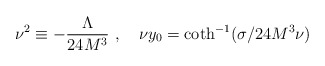
\begin{align*}\nu^2\equiv -\frac{\Lambda}{24M^3}\,\,,\,\,\,\,\,\,\nu y_0=\coth^{-1}(\sigma/24M^3\nu)\end{align*}